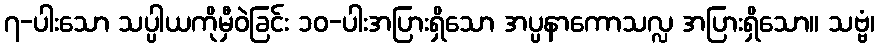
၇-ပါးသော သပ္ပါယကိုမှီဝဲခြင်း ၁၀-ပါးအပြားရှိသော အပ္ပနာကောသလ္လ အပြားရှိသော။ သဗ္ဗံ၊